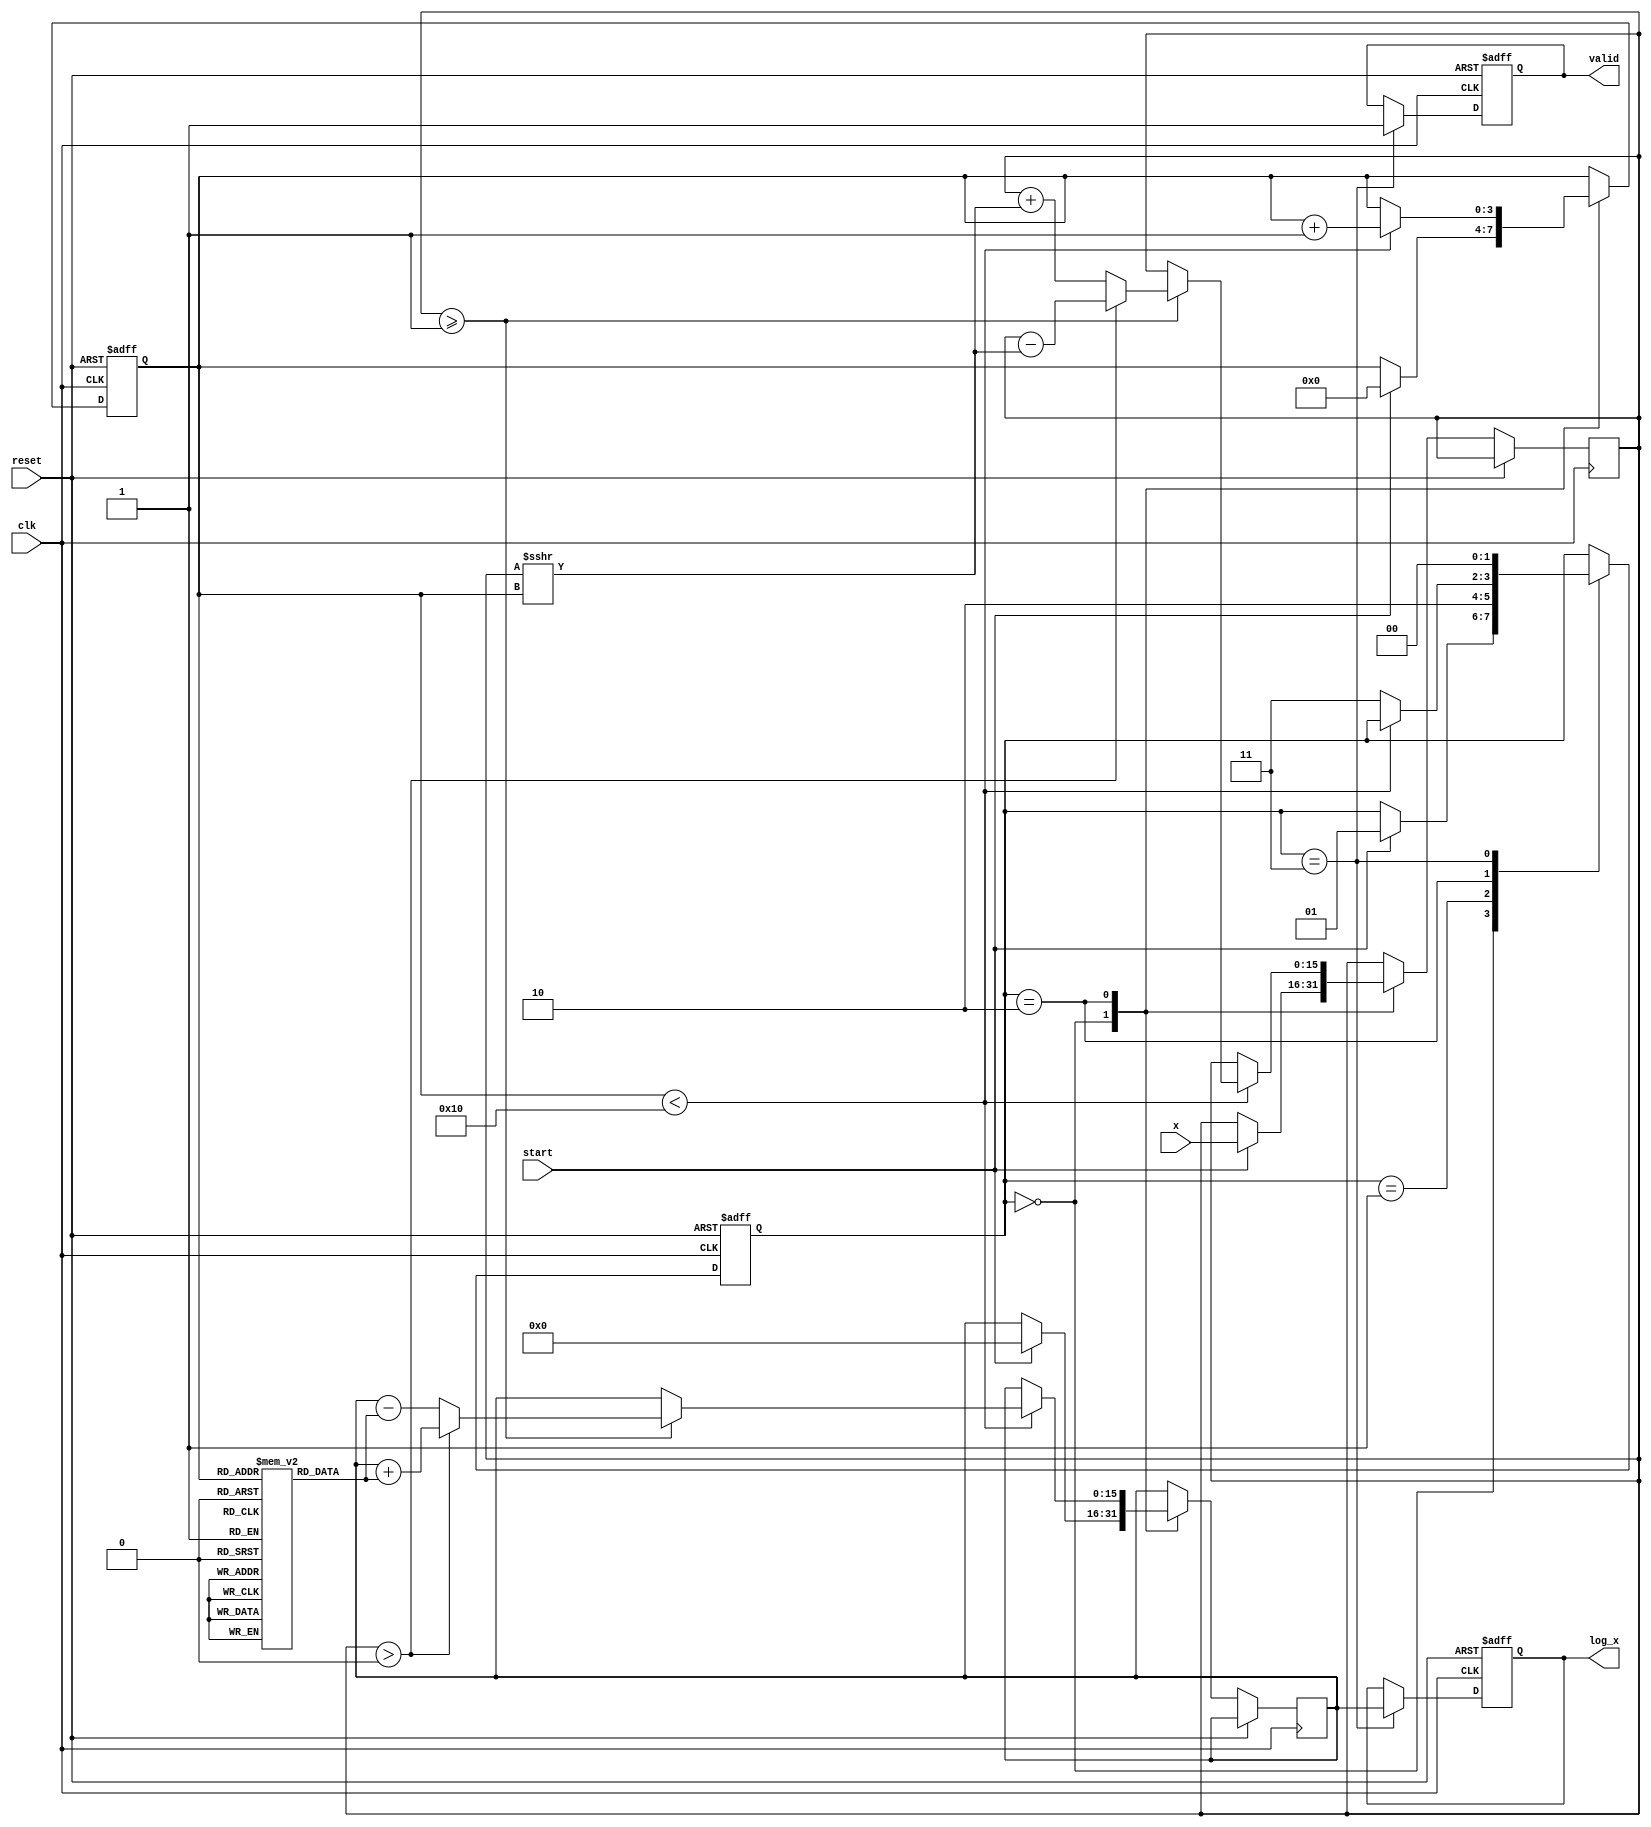
module cordic_logarithm (
    input wire [15:0] x,         // Input value (fixed-point representation)
    input wire clk,              // Clock signal
    input wire reset,            // Asynchronous reset
    input wire start,            // Start signal for computation
    output reg [15:0] log_x,     // Computed logarithm output
    output reg valid             // Valid signal for output
);

    // Parameters
    parameter MAX_ITERATIONS = 16; // Maximum number of iterations
    parameter FIXED_POINT_SCALE = 16; // Fixed-point scaling factor

    // Internal registers
    reg [15:0] x_reg;             // Input register
    reg [15:0] angle_reg;         // Angle register
    reg [3:0] iteration_counter;  // Iteration counter
    reg [1:0] state;              // State register

    // State encoding
    localparam IDLE = 2'b00;
    localparam INIT = 2'b01;
    localparam ITERATE = 2'b10;
    localparam OUTPUT = 2'b11;

    // Lookup table for arctangent values (fixed-point representation)
    reg [15:0] atan_table [0:15]; // LUT for arctangent values

    initial begin
        // Initialize arctangent values (example values, should be calculated)
        atan_table[0] = 16'h0000; // atan(0)
        atan_table[1] = 16'h1C71; // atan(1/2^0)
        atan_table[2] = 16'h1A62; // atan(1/2^1)
        atan_table[3] = 16'h186A; // atan(1/2^2)
        atan_table[4] = 16'h1780; // atan(1/2^3)
        atan_table[5] = 16'h16C3; // atan(1/2^4)
        atan_table[6] = 16'h162E; // atan(1/2^5)
        atan_table[7] = 16'h159A; // atan(1/2^6)
        atan_table[8] = 16'h1515; // atan(1/2^7)
        atan_table[9] = 16'h1490; // atan(1/2^8)
        atan_table[10] = 16'h141D; // atan(1/2^9)
        atan_table[11] = 16'h13B2; // atan(1/2^10)
        atan_table[12] = 16'h1350; // atan(1/2^11)
        atan_table[13] = 16'h12F6; // atan(1/2^12)
        atan_table[14] = 16'h12A0; // atan(1/2^13)
        atan_table[15] = 16'h1250; // atan(1/2^14)
    end

    // State machine for CORDIC computation
    always @(posedge clk or posedge reset) begin
        if (reset) begin
            state <= IDLE;
            valid <= 0;
            iteration_counter <= 0;
            log_x <= 0;
        end else begin
            case (state)
                IDLE: begin
                    if (start) begin
                        x_reg <= x; // Load input value
                        angle_reg <= 0; // Initialize angle
                        iteration_counter <= 0; // Reset counter
                        state <= INIT; // Move to initialization
                    end
                end

                INIT: begin
                    // Apply scaling factor if necessary
                    // Here we can apply a fixed-point scaling if required
                    state <= ITERATE; // Move to iteration state
                end

                ITERATE: begin
                    if (iteration_counter < MAX_ITERATIONS) begin
                        // CORDIC rotation logic for logarithm
                        // Update angle and x based on the CORDIC algorithm
                        if (x_reg >= 16'h0001) begin // Check if x is valid
                            // Perform rotation
                            if (x_reg > 16'h0000) begin
                                angle_reg <= angle_reg + atan_table[iteration_counter]; // Adjust angle
                                x_reg <= x_reg - (x_reg >>> iteration_counter); // Update x
                            end else begin
                                angle_reg <= angle_reg - atan_table[iteration_counter]; // Adjust angle
                                x_reg <= x_reg + (x_reg >>> iteration_counter); // Update x
                            end
                        end
                        iteration_counter <= iteration_counter + 1; // Increment counter
                    end else begin
                        state <= OUTPUT; // Move to output state
                    end
                end

                OUTPUT: begin
                    log_x <= angle_reg; // Finalize the output
                    valid <= 1; // Assert valid output
                    state <= IDLE; // Return to idle state
                end

                default: state <= IDLE; // Default case
            endcase
        end
    end

endmodule